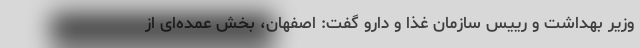
وزیر بهداشت و رییس سازمان غذا و دارو گفت: اصفهان، بخش عمده‌ای از